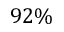
9 2 \%